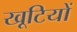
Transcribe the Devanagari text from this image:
खूटियों